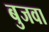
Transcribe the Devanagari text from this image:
बुजवा